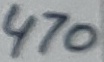
Text: 470